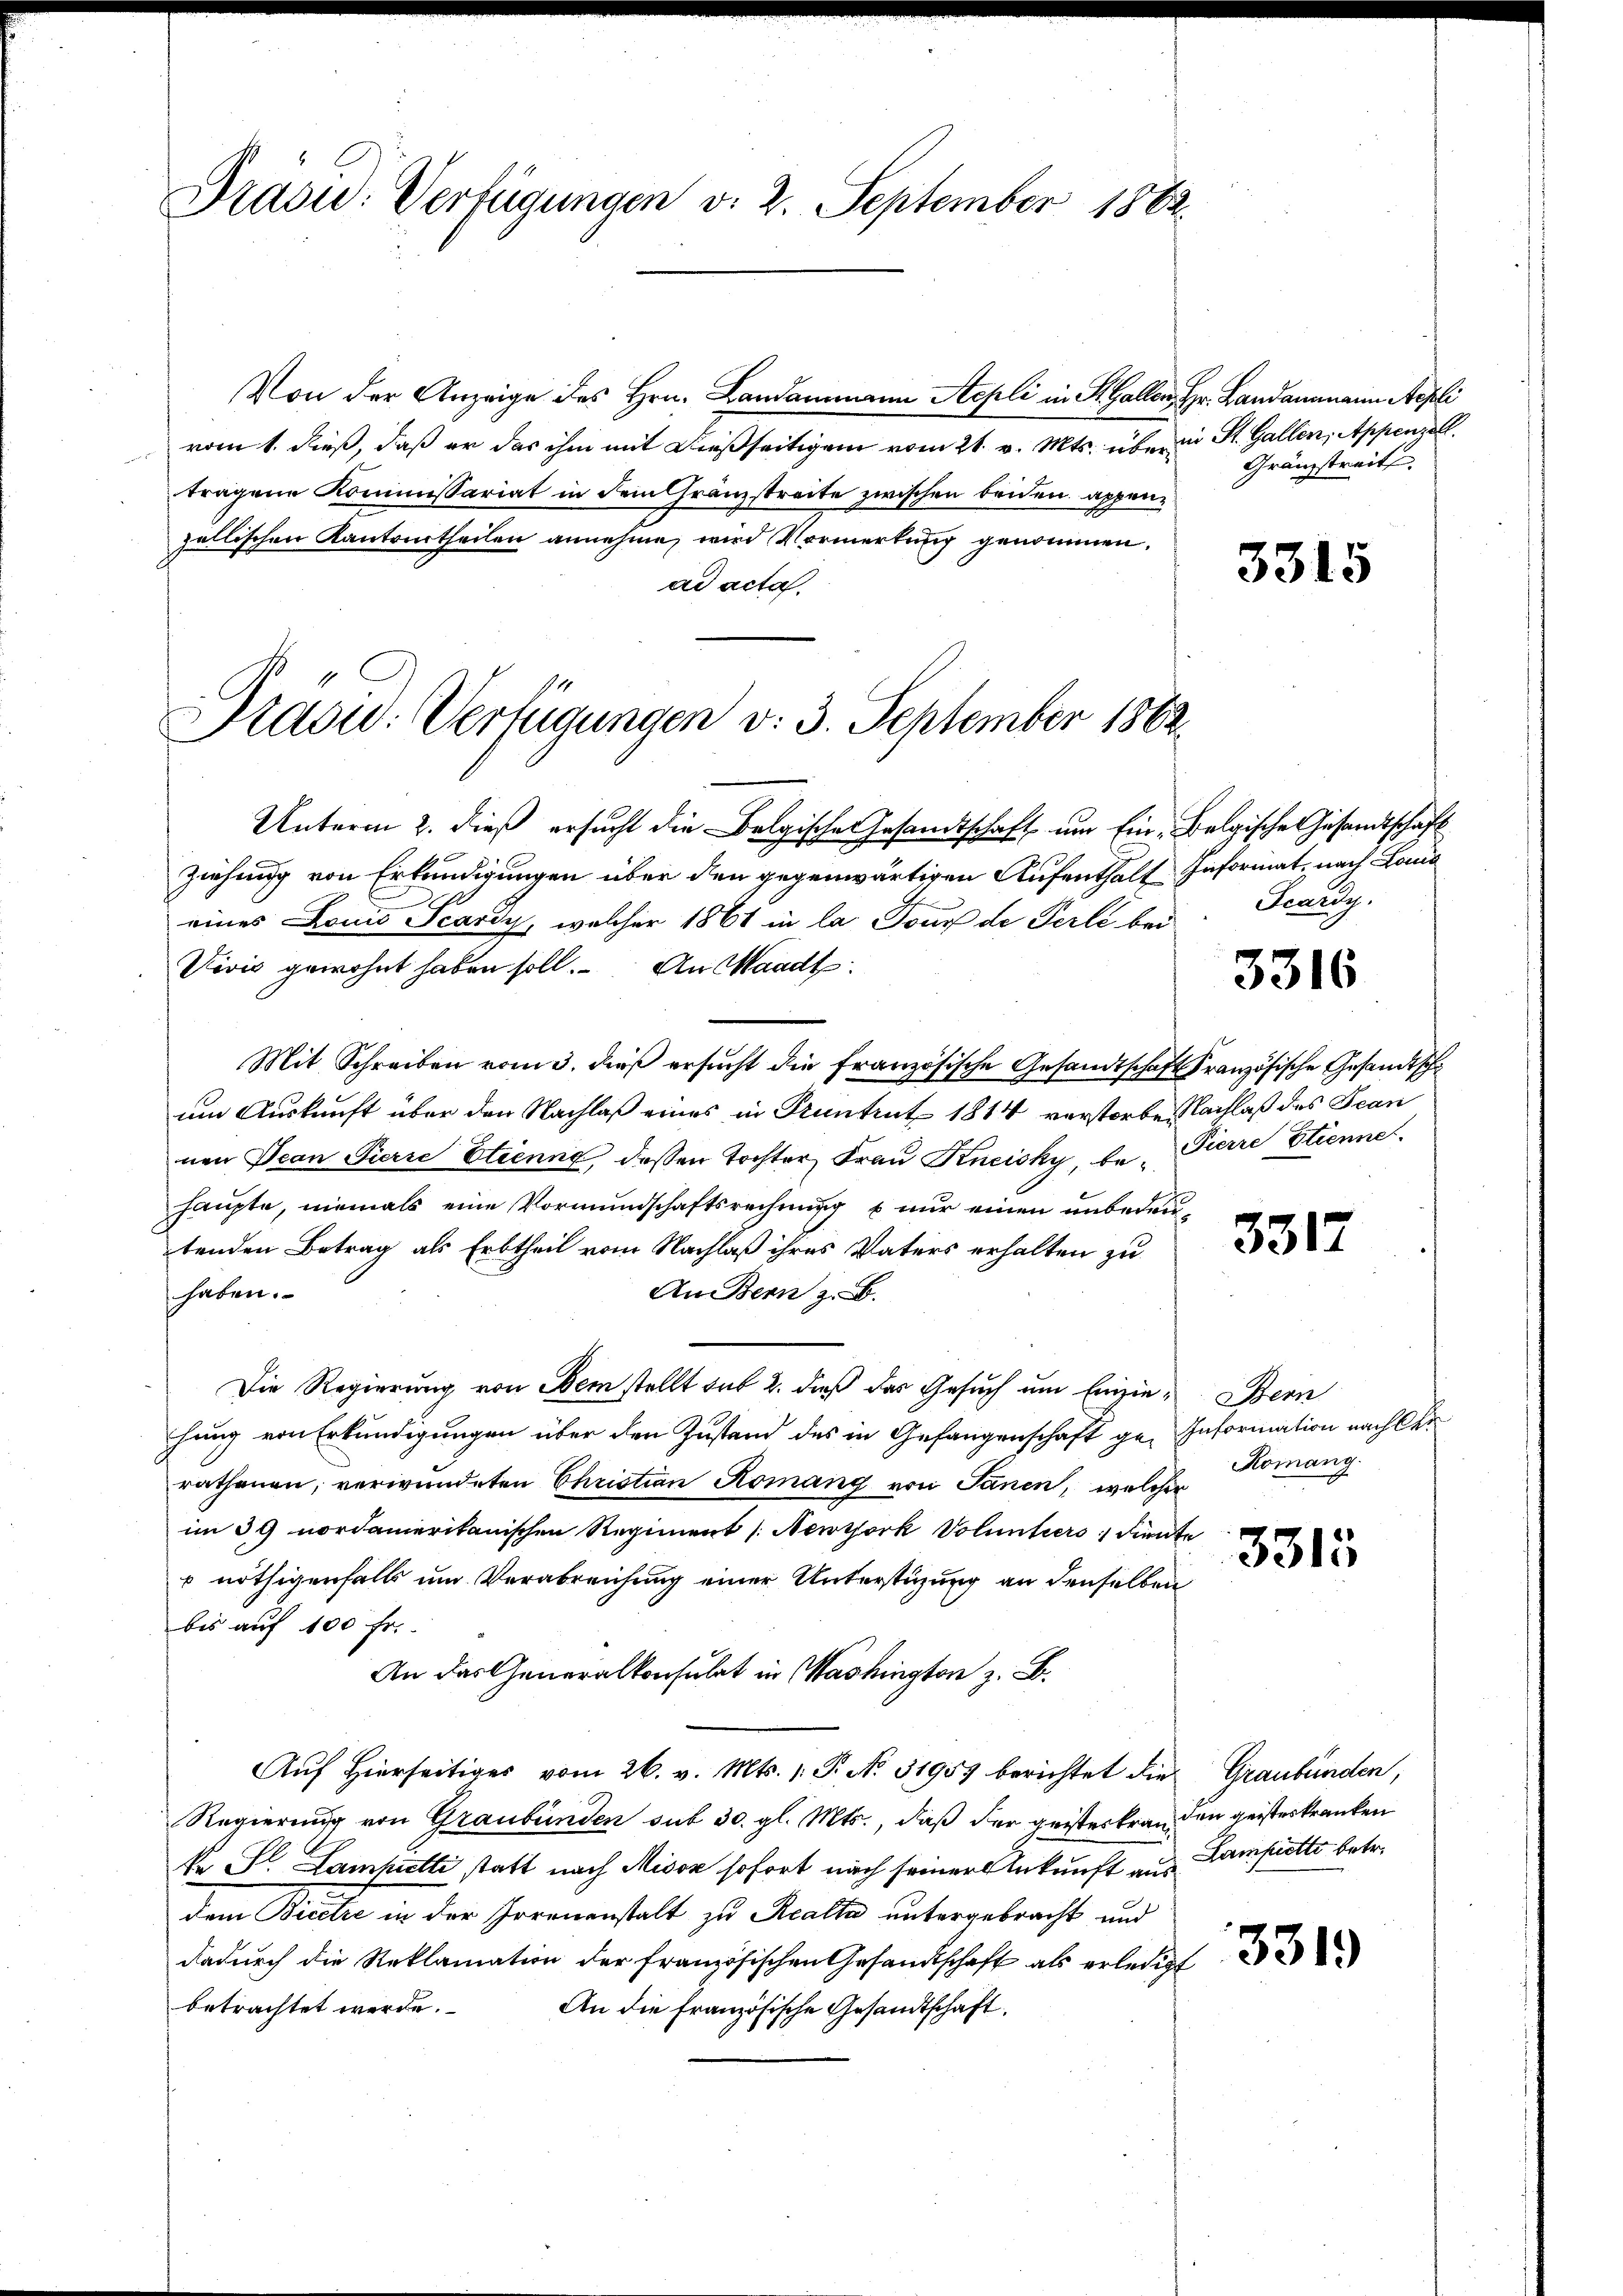
Präsid.: Verfügungen v. 2. September 1882.

Von der Anzeige des Hrn. Landammann Stepli in St. Gallen, Hr. Landammann Aepli
vom 1. dieß, daß er das ihm mit dießseitigen vom 21. v. Mts. über in St. Gallen, Appenzell.
tragene Kommissariat in dem Gränzstreite zwischen beiden appenzallischen Kantrurtheilen annehme, wird Vormerkung genommen.
ad acta.

Prasw: Verfügungen v. 3. September 1862.

Gränzstreit

Unterm 2. dieß ersucht die Belgische Gesandtschaft um Ein-Belgische Gesandtschaft
Ziehung von Erkundigungen über den gegenwärtigen Aufenthalt Informat, nach Land
eines Donio Scarii, welcher 1861 in la Tour de Perle bei
Vivić gewohnt haben soll. An Waadt.
Mit Schreiben vom 3. dieβ ersŭcht die französische Gesandtschaft Französische Gesandtscha
um Auskunft über den Nachlaß eines in Pruntrut 1814 verstorben Nachlaß des Jean
nen Jean Pierre Etienne, dessen Tochter Frau Kneisky, be- Pierre Stienne
haupte, niemals eine Vormundschaftsrechnung & nur einen unbedeutenden Betrag als Erbtheil vom Nachlaß ihres Vaters erhalten zu
haben.
An Bern z. B.
Die Regierung von Dem stellt sub 2. dieß das Gesuch um Erzie- Bern
hung von Erkundigungen über den Zustand des in Gefangenschaft ge-Information nach der
rathenen, verwundeten Christian Romang von Sanen, welcher
im 39 nordamerikanischen Regiment [Newysork Volantiers; diente
 nöthigenfall um Verabreichung einer Unterstüzung an denselben
bis auf 100 Fr.
An das Generalkonsulat in Washington z. B.
Auf hierseitiges vom 26. v. Mts. 1. P. N. 31957 berichtet die Graubünden,
Regierung von Graubünden sub 30. gl. Mts., daß der geisterkran den geisteskranken
ke S. Lampelti statt nach Misox sofort nach seiner Ankunft aus Lampelte betr.
dem Biete in der Irrenanstalt zu Realte untergebracht und
dadurch die Reklamation der französischen Gesandtschaft als erledigt
betrachtet werde.
An die Französische Gesandtschaft.

3315

Scardy.

3316

3317

Komang

3313

3319